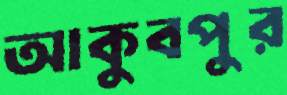
আকুবপুর